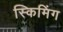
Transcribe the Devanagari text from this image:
स्किमिंग